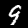
Label: 9